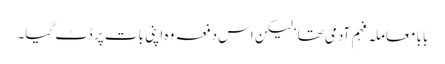
بابا معاملہ فہم آدمی تھا‘ لیکن اس دفعہ وہ اپنی بات پر ڈٹ گیا۔